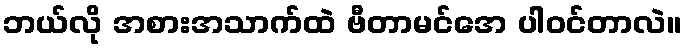
ဘယ်လို အစားအသာက်ထဲ ဗီတာမင်အေ ပါဝင်တာလဲ။